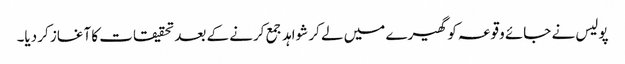
پولیس نے جائے وقوعہ کو گھیرے میں لے کر شواہد جمع کرنے کے بعد تحقیقات کا آغاز کر دیا۔